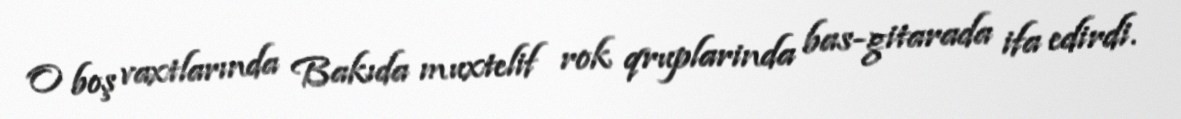
O boş vaxtlarında Bakıda muxtelif rok qruplarinda bas-gitarada ifa edirdi.